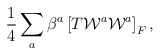
\begin{align*}{1\over4}\sum_a \beta^a \left[ T{\cal W}^a{\cal W}^a\right]_F,\end{align*}